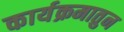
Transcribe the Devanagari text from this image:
कार्यक्रमातुन